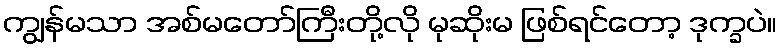
ကျွန်မသာ အစ်မတော်ကြီးတို့လို မုဆိုးမ ဖြစ်ရင်တော့ ဒုက္ခပဲ။